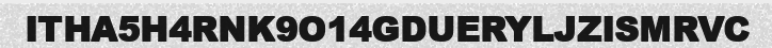
ITHA5H4RNK9O14GDUERYLJZISMRVC